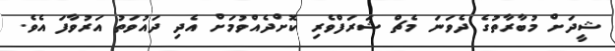
ޝީދަށް މުބާރާތުގެ ދެވަނަ މެޗް ޝަރަފްވެރި ކޮށްދެއްވުމަށް އެދި ދައުވަތު އަރުވާފަ އެވެ.